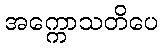
အက္ကောသတိပေ